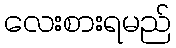
လေးစားရမည်